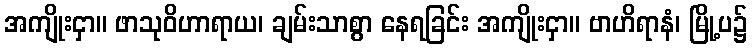
အကျိုးငှာ။ ဖာသုဝိဟာရာယ၊ ချမ်းသာစွာ နေရခြင်း အကျိုးငှာ။ ဗာဟိရာနံ၊ မြို့ပ၌